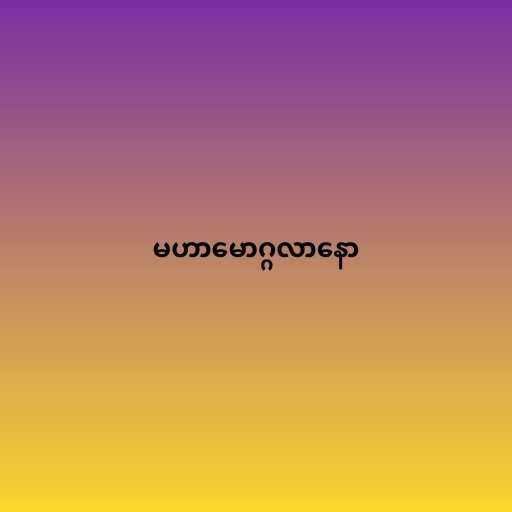
မဟာမောဂ္ဂလာနော